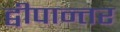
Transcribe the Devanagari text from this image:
द्वीपान्तर